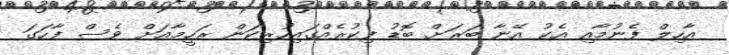
އާހިލް ފެނުމާއި އެކު އޭނާ ބަރަށް ބޮޑު ފިކުރެއްގައިހުރިކަން ރަހީމާއަށް ވެސް ފާހަގަ